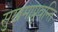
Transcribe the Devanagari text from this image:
सुखमाप्नुवन्ति